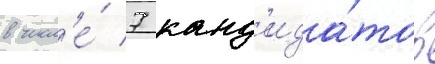
в числ'е́ 7 канд'ида́тов